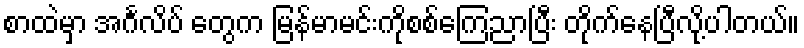
စာထဲမှာ အင်္ဂလိပ် တွေက မြန်မာမင်းကိုစစ်ကြေညာပြီး တိုက်နေပြီလို့ပါတယ်။